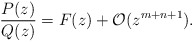
\begin{align*}\frac{P(z)}{Q(z)} = F(z) + \mathcal{O}(z^{m+n+1}).\end{align*}